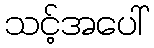
သင့်အပေါ်